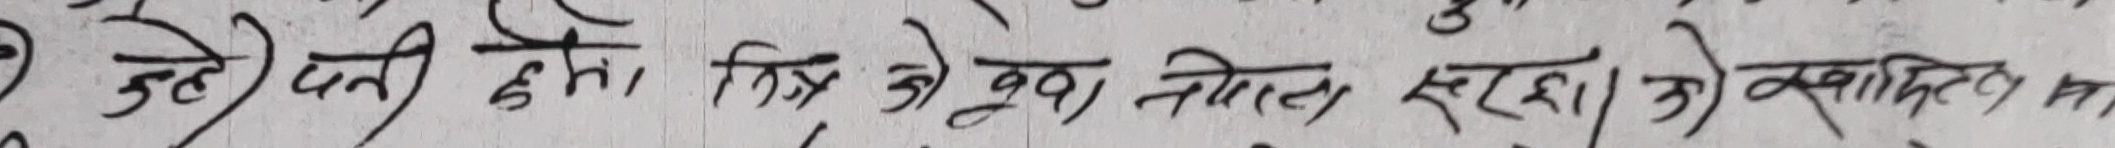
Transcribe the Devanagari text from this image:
उहाँ प्रति हामी मित्र होइन र? क्याचित न?